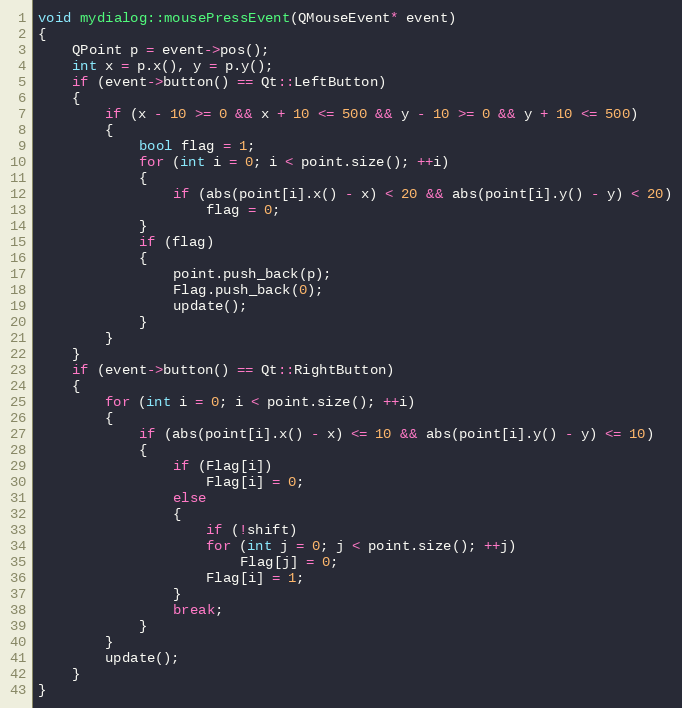
Language: C++
void mydialog::mousePressEvent(QMouseEvent* event)
{
    QPoint p = event->pos();
    int x = p.x(), y = p.y();
    if (event->button() == Qt::LeftButton)
    {
        if (x - 10 >= 0 && x + 10 <= 500 && y - 10 >= 0 && y + 10 <= 500)
        {
            bool flag = 1;
            for (int i = 0; i < point.size(); ++i)
            {
                if (abs(point[i].x() - x) < 20 && abs(point[i].y() - y) < 20)
                    flag = 0;
            }
            if (flag)
            {
                point.push_back(p);
                Flag.push_back(0);
                update();
            }
        }
    }
    if (event->button() == Qt::RightButton)
    {
        for (int i = 0; i < point.size(); ++i)
        {
            if (abs(point[i].x() - x) <= 10 && abs(point[i].y() - y) <= 10)
            {
                if (Flag[i])
                    Flag[i] = 0;
                else
                {
                    if (!shift)
                    for (int j = 0; j < point.size(); ++j)
                        Flag[j] = 0;
                    Flag[i] = 1;
                }
                break;
            }
        }
        update();
    }
}